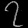
Digit: ၇